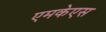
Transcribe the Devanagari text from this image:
एमकेएस